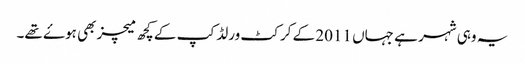
یہ وہی شہر ہے جہاں 2011 کے کرکٹ ورلڈ کپ کے کچھ میچز بھی ہوۓ تھے۔